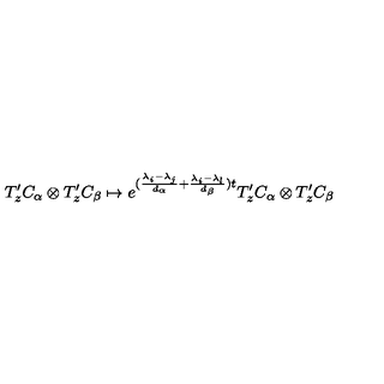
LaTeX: T _ { z } ^ { \prime } C _ { \alpha } \otimes T _ { z } ^ { \prime } C _ { \beta } \mapsto e ^ { ( \frac { \lambda _ { i } - \lambda _ { j } } { d _ { \alpha } } + \frac { \lambda _ { i } - \lambda _ { l } } { d _ { \beta } } ) t } T _ { z } ^ { \prime } C _ { \alpha } \otimes T _ { z } ^ { \prime } C _ { \beta }